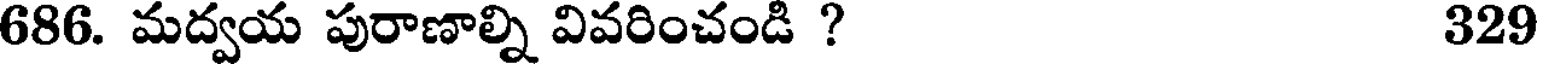
686. మద్వయ పురాణాల్ని వివరించండి ? 329